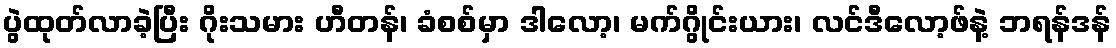
ပွဲထုတ်လာခဲ့ပြီး ဂိုးသမား ဟီတန်၊ ခံစစ်မှာ ဒါလော့၊ မက်ဂွိုင်းယား၊ လင်ဒီလော့ဖ်နဲ့ ဘရန်ဒန်